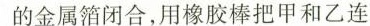
的金属箔闭合，用橡胶棒把甲和乙连